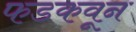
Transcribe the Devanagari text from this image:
फडकवून